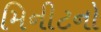
મિનીટનો